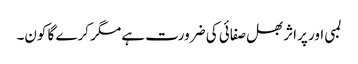
لمبی اور پراثر بھل صفائی کی ضرورت ہے مگر کرے گا کون۔